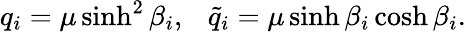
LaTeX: q_{i}=\mu\sinh^{2}\beta_{i},\ \ \ \tilde{q}_{i}=\mu\sinh\beta_{i}\cosh\beta_{i}.